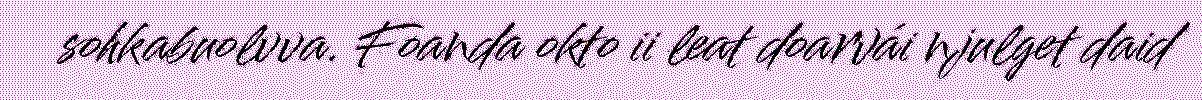
sohkabuolvva. Foanda okto ii leat doarvái njulget daid